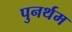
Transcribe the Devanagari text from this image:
पुनर्थम